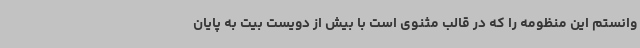
وانستم این منظومه را که در قالب مثنوی است با بیش از دویست بیت به پایان